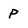
Character: p